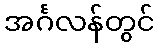
အင်္ဂလန်တွင်